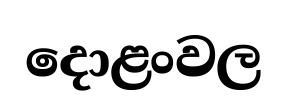
දොළංවල